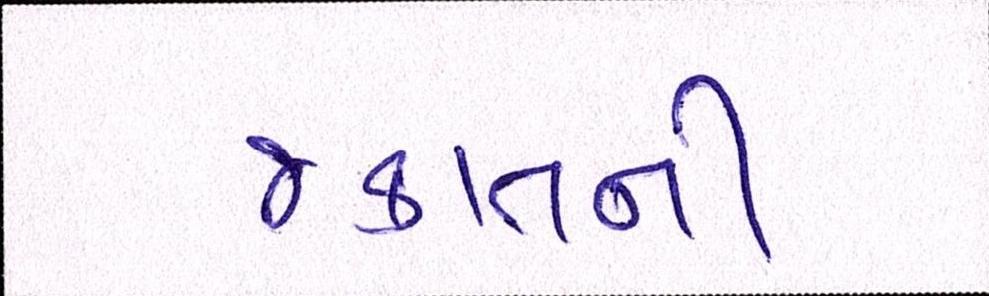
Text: જકાતની